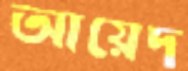
আয়েদ